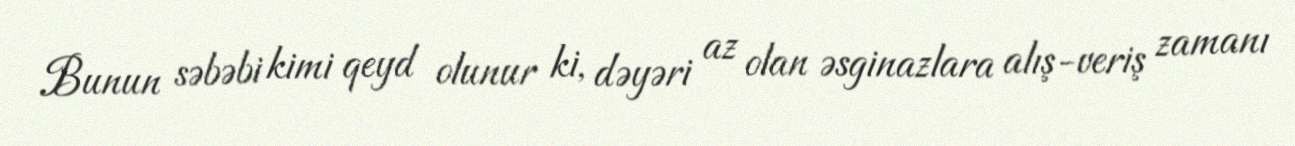
Bunun səbəbi kimi qeyd olunur ki, dəyəri az olan əsginazlara alış-veriş zamanı